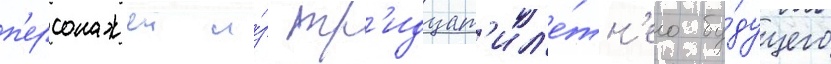
п'ерсонажеи и́з тр'идцат'ил'е́тн'его бу́дущего